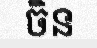
ចិន